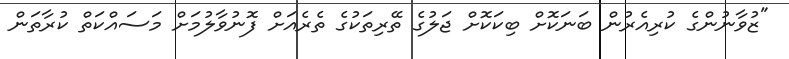
"ޒުވާނުންގެ ކުރިއެރުން ބަނަކޮށް ބިކަކޮށް ޖަލުގެ ތޭރިތަކުގެ ތެރެއަށް ފޮނުވާލުމަށް މަސައްކަތް ކުރާތަން